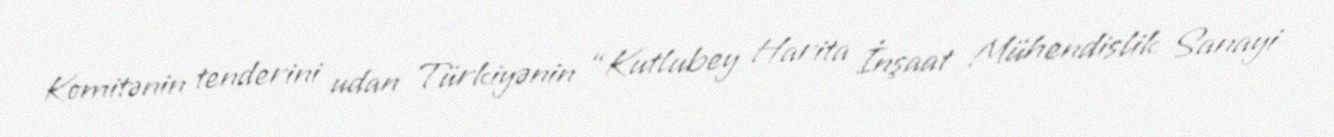
Komitənin tenderini udan Türkiyənin “Kutlubey Harita İnşaat Mühendislik Sanayi